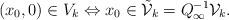
LaTeX: \begin{align*}(x_0,0) \in V_k \Leftrightarrow x_0 \in \tilde{\mathcal{V}}_k=Q_{\infty}^{-1}\mathcal{V}_k.\end{align*}